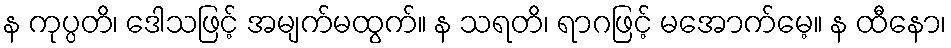
န ကုပ္ပတိ၊ ဒေါသဖြင့် အမျက်မထွက်။ န သရတိ၊ ရာဂဖြင့် မအောက်မေ့။ န ထီနော၊